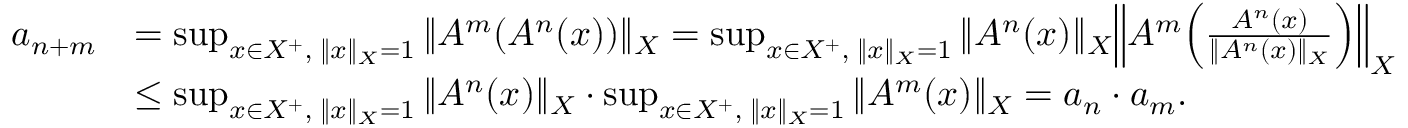
\begin{array} { r l } { a _ { n + m } } & { = \operatorname* { s u p } _ { x \in X ^ { + } , \; \| x \| _ { X } = 1 } \| A ^ { m } ( A ^ { n } ( x ) ) \| _ { X } = \operatorname* { s u p } _ { x \in X ^ { + } , \; \| x \| _ { X } = 1 } \| A ^ { n } ( x ) \| _ { X } \Bigl \| A ^ { m } \Bigl ( \frac { A ^ { n } ( x ) } { \| A ^ { n } ( x ) \| _ { X } } \Bigr ) \Bigr \| _ { X } } \\ & { \leq \operatorname* { s u p } _ { x \in X ^ { + } , \; \| x \| _ { X } = 1 } \| A ^ { n } ( x ) \| _ { X } \cdot \operatorname* { s u p } _ { x \in X ^ { + } , \; \| x \| _ { X } = 1 } \| A ^ { m } ( x ) \| _ { X } = a _ { n } \cdot a _ { m } . } \end{array}